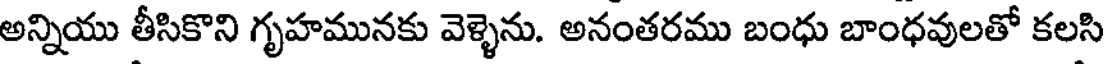
అన్నియు తీసికొని గృహమునకు వెళ్ళెను. అనంతరము బంధు బాంధవులతో కలసి